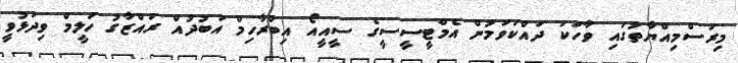
މިރަސްމިއްޔާތުގައި ވާހަކަ ދައްކަވަމުން އެމްޓީސީސީގެ ސީއީއޯ އިބްރާހިމް އަބުދުއް ރައްޒާގު ހަލީމް ވިދަޅުވީ